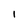
Character: 1